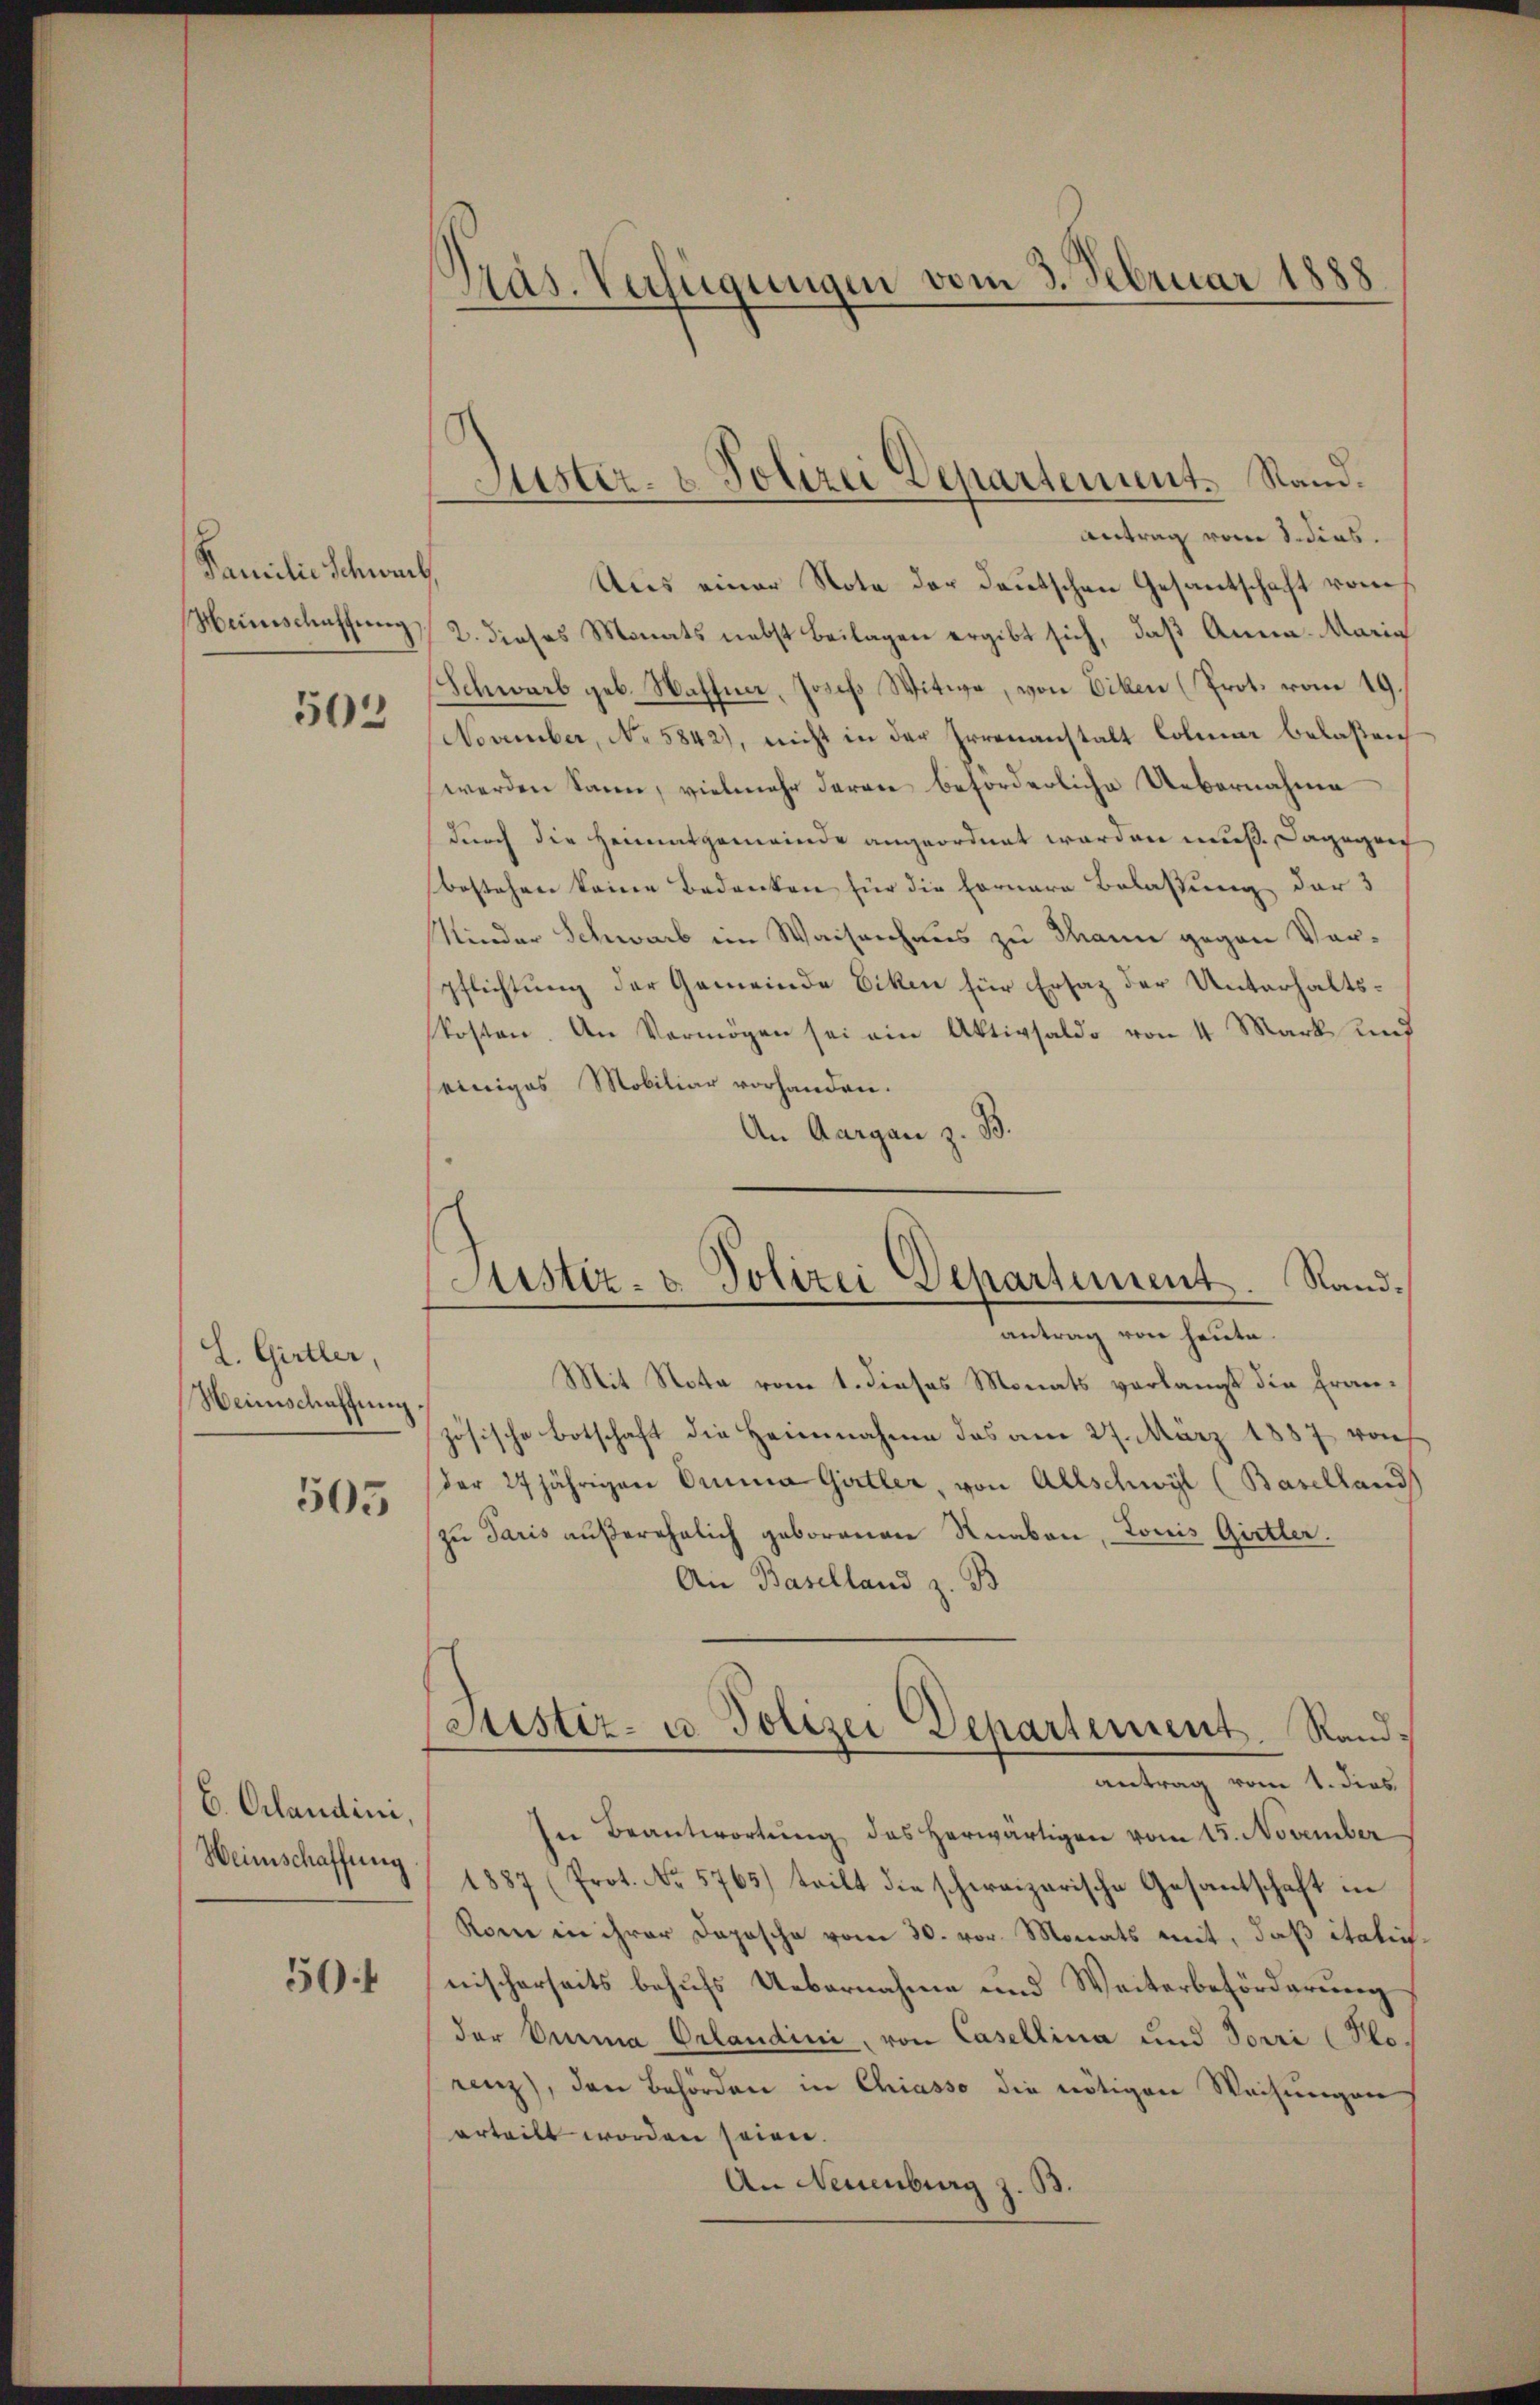
Familie Schwerl
Meineschaffŭng

502

L. Girtler,
Heimschaffung

505

6. Claudini,
Weinschaffung

504

Präs. Verfügungen vom 3. Februar 1888

Justiz- & Polizei Departement. Rand.
Antrag vom 8. dies.

Justiz- & Polizei Departement. Sandantrag von heute.

Aus einer Note der Deutschen Gesantschaft vom
2. dieses Monats nebst Beilagen ergibt sich, daß Anna Maria
Schwarb geb. Waffna, Josef Witwe, von Eilen (Prot. vom 19.
November, No 5842), nicht in der Irrenanstalt Colmar belaßen
werden kann, vielmehr daran beförderliche Uebernahme
durch die Heimatgemeinde angeordnet werden muß. Dagegen
bestehen keine Bedanken für die Fornere Belassung der 3
Minder Schwarb im Waisenhaus zu Mann gegen Vorpflichtung der Gemeinde Eiken für Ersatz der Unterhaltskosten. An Vermögen sei ein Aktivsaldo von 4 Mark und
einiges Mobiliar vorhanden.
An Aargau z. B.
Mit Nota vom 1. dieses Monats verlangt die Französische Botschaft die Heinnahme das am 27. März 1887 von
der 27 jährigen Orina Girtler, von Allschwyl (Baselland
zu Paris außerehelich geborenen Knaben, Louis Gittler.
An Baselland z. B
(Justiz- u. Polizei Departement. Randantrag vom 1. dies
In Beantwortung des herwärtigen vom 15. November
1887 (Prot. No 5765) tritt die schweizerische Gesantschaft in
Kone in ihrer Dopische vom 30. vor Monats mit, daß itatignischerseits behufs Uebernahme und Weiterbeförderung
der Emma Orlandini, von Casellina und Touri (Plo-
renz, den Behörden in Chiasso die nötigen Weisungen
erteilt worden seien.
An Neuenburg z. B.